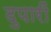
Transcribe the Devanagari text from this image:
दुपारीं